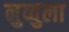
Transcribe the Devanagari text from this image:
नुव्वुला